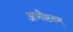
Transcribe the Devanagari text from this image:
अभीष्टतम्